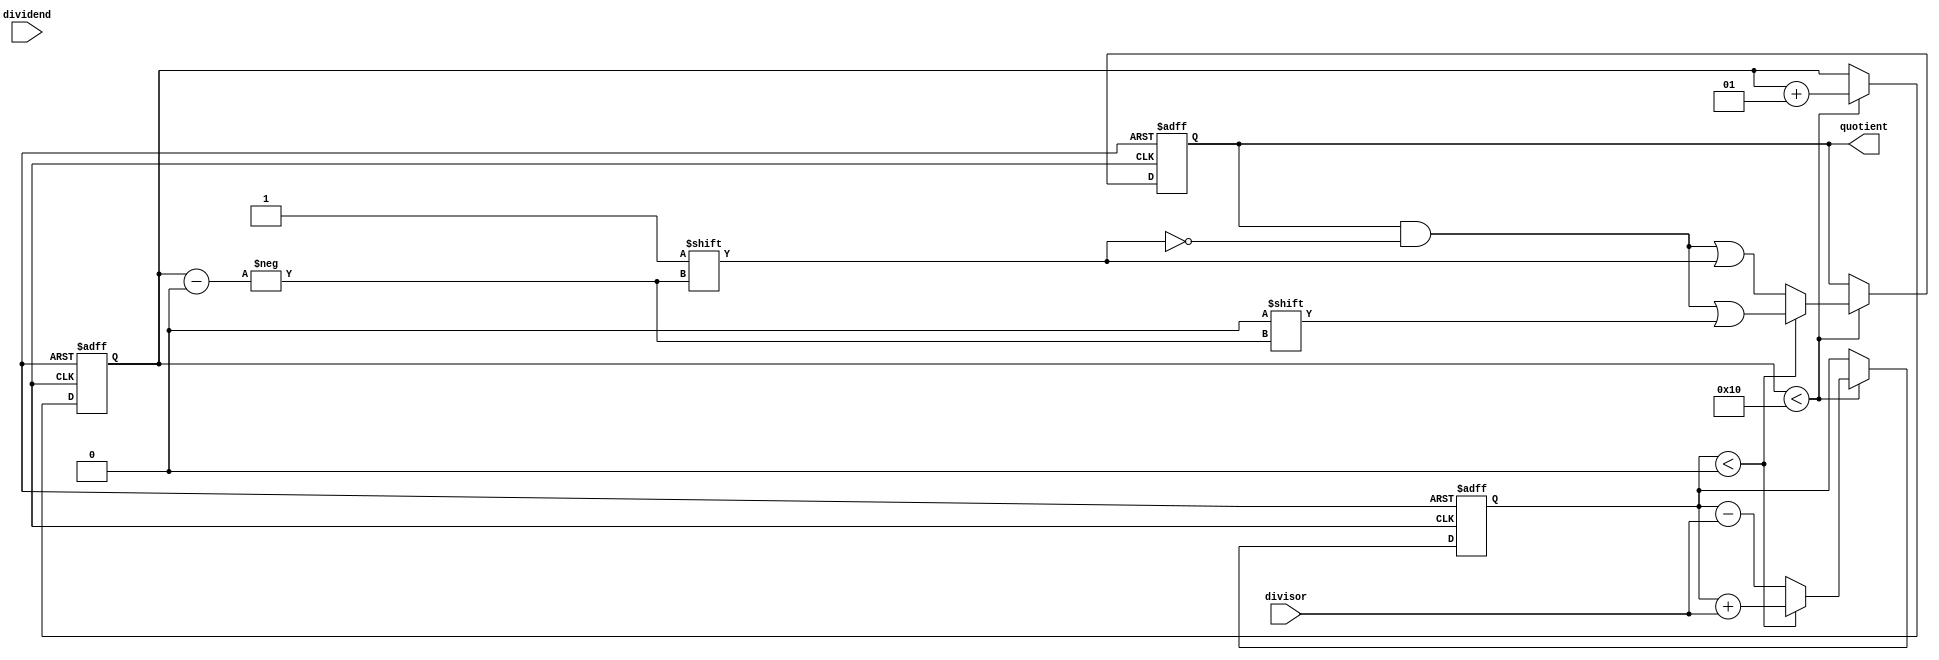
module Counter_Based_Divider(
    input signed [15:0] dividend,
    input signed [15:0] divisor,
    output reg signed [15:0] quotient
);

reg signed [15:0] remainder;
integer count;

always @ (posedge clk or posedge reset) begin
    if (reset) begin
        quotient <= 16'd0;
        remainder <= 16'd0;
        count <= 0;
    end else begin
        if (count < 16) begin
            remainder <= remainder - divisor;
            if (remainder < 0) begin
                remainder <= remainder + divisor;
                quotient[count] <= 1'b0;
            end else begin
                quotient[count] <= 1'b1;
            end
            count <= count + 1;
        end
    end
end

endmodule